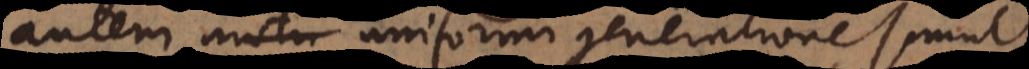
autem uniformi generatione simul